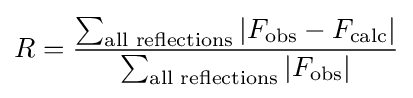
R={\frac {\sum _{\text{all reflections}}\left|F_{\text{obs}}-F_{\text{calc}}\right|}{\sum _{\text{all reflections}}\left|F_{\text{obs}}\right|}}